Annual report of the Punjab Veterinary College and of the Civil Veterinary Department, Punjab - 1926-1932
Year: 1926
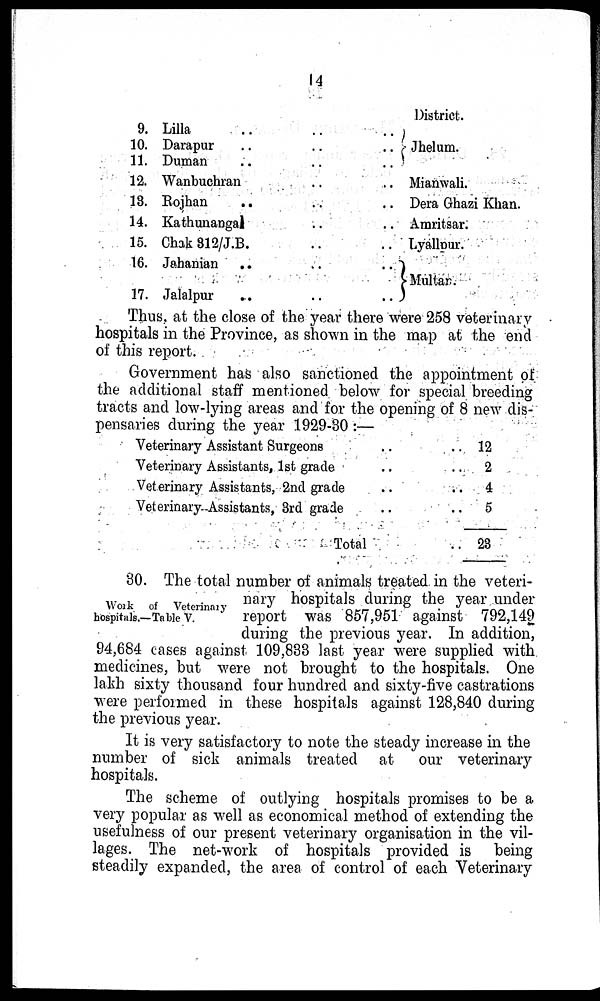
14
9. Lilla .. .. ..
10. Darapur .. .. ..
11. Duman .. .. ..
12. Wanbuchran .. .. ..
13. Rojhan .. .. ..
14. Kathunangal .. ..
15. Chak 312/J.B. .. ..
16. Jahanian
..
..
..
17. Jalalpur .. .. ..
District.
Jhelum.
Mianwali.
Dera Ghazi Khan.
Araritsar.
Lyallpur.
Multar.
Thus at the close of the year there were 258 veterinary
hospitals in the Province, as shown in the map at the end
of this report.
Government has also sanctioned the appointment of
the additional staff mentioned below for special breeding
tracts and low-lying areas and for the opening of 8 new dis-
pensaries during the year 1929-30 :—
Veterinary Assistant Surgeons .. ..
Veterinary Assistants, 1st grade .. ..
Veterinary Assistants, 2nd grade .. ..
Veterinary-Assistants, 3rd grade .. ..
Total ..
12
2
4
5
23
Work
of
Veterinary
hospitals.— Table V.
30. The total number of animals treated in the veteri-
nary hospitals during the year under
report was 857,951 against 792,149
during the previous year. In addition,
94,684 cases against 109,838 last year were supplied with
medicines, but were not brought to the hospitals. One
lakh sixty thousand four hundred and sixty-five castrations
were performed in these hospitals against 128,840 during
the previous year.
It is very satisfactory to note the steady increase in the
number of sick animals treated at
our veterinary
hospitals.
The scheme of outlying hospitals promises to be a.
very popular as well as economical method of extending the
usefulness of our present veterinary organisation in the vil-
lages. The net-work of hospitals provided is being
steadily expanded, the area of control of each Veterinary